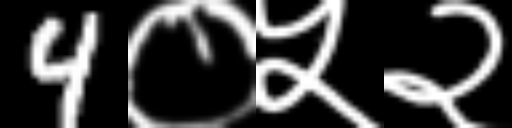
Text: 4०५२